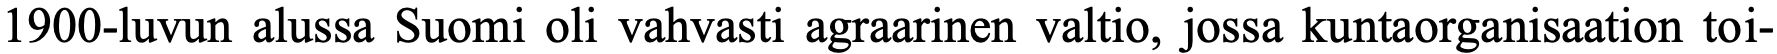
1900-luvun alussa Suomi oli vahvasti agraarinen valtio, jossa kuntaorganisaation toi-